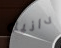
دانيل